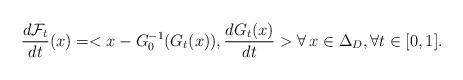
LaTeX: \begin{align*}\frac{d\mathcal{F}_t}{dt}(x)=<x-G_0^{-1}(G_t(x)), \frac{dG_t(x)}{dt}> \forall\,x\in \Delta_D,\forall t\in[0,1].\end{align*}